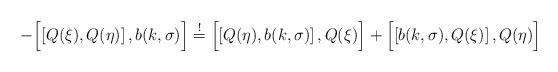
LaTeX: \begin{align*} - \Bigl[ \left[ Q(\xi) , Q(\eta) \right] , b (k, \sigma) \Bigr] \stackrel{!}{=} \Bigl[ \left[ Q(\eta) , b (k, \sigma) \right] , Q(\xi) \Bigr] + \Bigl[ \left[ b (k, \sigma) , Q(\xi) \right] , Q(\eta) \Bigr]\end{align*}